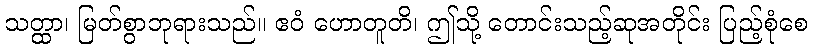
သတ္ထာ၊ မြတ်စွာဘုရားသည်။ ဧဝံ ဟောတူတိ၊ ဤသို့ တောင်းသည့်ဆုအတိုင်း ပြည့်စုံစေ